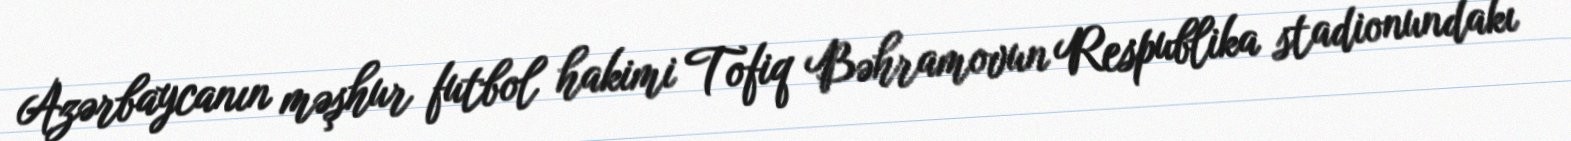
Azərbaycanın məşhur futbol hakimi Tofiq Bəhramovun Respublika stadionundakı